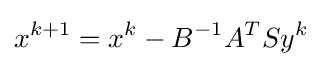
x^{k+1}=x^{k}-B^{-1}A^{T}Sy^{k}